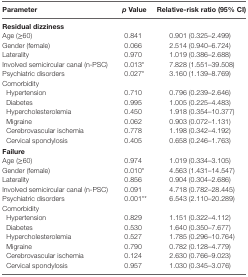
<table><thead><tr><td><b>Parameter</b></td><td><b><i>p</i> Value</b></td><td><b>Relative-risk ratio (95% CI)</b></td></tr></thead><tbody><tr><td colspan="3"><b>Residual dizziness</b></td></tr><tr><td>Age (≥60)</td><td>0.841</td><td>0.901 (0.325–2.499)</td></tr><tr><td>Gender (female)</td><td>0.066</td><td>2.514 (0.940–6.724)</td></tr><tr><td>Laterality</td><td>0.970</td><td>1.019 (0.386–2.688)</td></tr><tr><td>Involved semicircular canal (n-PSC)</td><td>0.013*</td><td>7.828 (1.551–39.508)</td></tr><tr><td>Psychiatric disorders</td><td>0.027*</td><td>3.160 (1.139–8.769)</td></tr><tr><td>Comorbidity</td><td></td><td></td></tr><tr><td> Hypertension</td><td>0.710</td><td>0.796 (0.239–2.646)</td></tr><tr><td> Diabetes</td><td>0.995</td><td>1.005 (0.225–4.483)</td></tr><tr><td> Hypercholesterolemia</td><td>0.450</td><td>1.918 (0.354–10.377)</td></tr><tr><td> Migraine</td><td>0.062</td><td>0.903 (0.072–1.131)</td></tr><tr><td> Cerebrovascular ischemia</td><td>0.778</td><td>1.198 (0.342–4.192)</td></tr><tr><td> Cervical spondylosis</td><td>0.405</td><td>0.658 (0.246–1.763)</td></tr><tr><td colspan="3"><b>Failure</b></td></tr><tr><td>Age (≥60)</td><td>0.974</td><td>1.019 (0.334–3.105)</td></tr><tr><td>Gender (female)</td><td>0.010*</td><td>4.563 (1.431–14.547)</td></tr><tr><td>Laterality</td><td>0.856</td><td>0.904 (0.304–2.686)</td></tr><tr><td>Involved semicircular canal (n-PSC)</td><td>0.091</td><td>4.718 (0.782–28.445)</td></tr><tr><td>Psychiatric disorders</td><td>0.001**</td><td>6.543 (2.110–20.289)</td></tr><tr><td>Comorbidity</td><td></td><td></td></tr><tr><td> Hypertension</td><td>0.829</td><td>1.151 (0.322–4.112)</td></tr><tr><td> Diabetes</td><td>0.530</td><td>1.640 (0.350–7.677)</td></tr><tr><td> Hypercholesterolemia</td><td>0.527</td><td>1.785 (0.296–10.764)</td></tr><tr><td> Migraine</td><td>0.790</td><td>0.782 (0.128–4.779)</td></tr><tr><td> Cerebrovascular ischemia</td><td>0.124</td><td>2.630 (0.766–9.023)</td></tr><tr><td> Cervical spondylosis</td><td>0.957</td><td>1.030 (0.345–3.076)</td></tr></tbody></table>